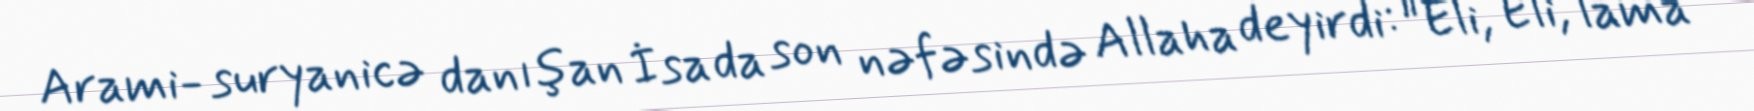
Arami- suryanicə danışan İsa da son nəfəsində Allaha deyirdi: "Eli, Eli, lama